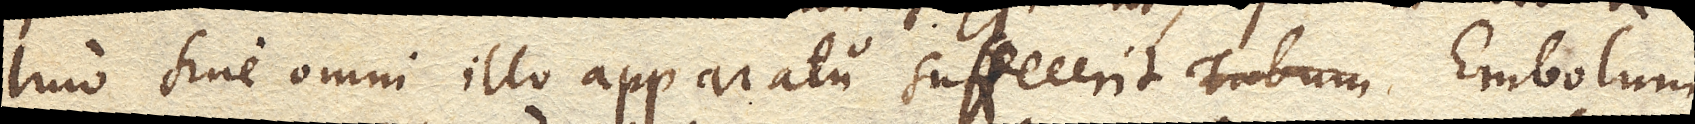
Imo sine omni illo apparatu suffecerit embolum